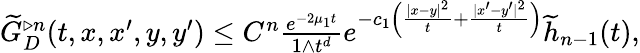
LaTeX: \begin{array}{r}{\widetilde{G}_{D}^{\triangleright n}(t,x,x^{\prime},y,y^{\prime})\le C^{n}\frac{e^{-2\mu_{1}t}}{1\wedge t^{d}}e^{-c_{1}\Big(\frac{|x-y|^{2}}{t}+\frac{|x^{\prime}-y^{\prime}|^{2}}{t}\Big)}\widetilde{h}_{n-1}(t),}\end{array}